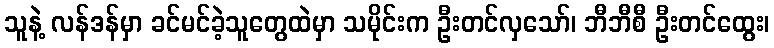
သူနဲ့ လန်ဒန်မှာ ခင်မင်ခဲ့သူတွေထဲမှာ သမိုင်းက ဦးတင်လှသော်၊ ဘီဘီစီ ဦးတင်ထွေး၊